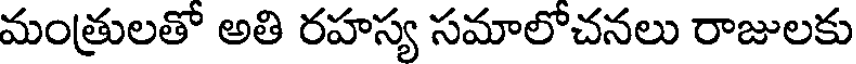
మంత్రులతో అతి రహస్య సమాలోచనలు రాజులకు